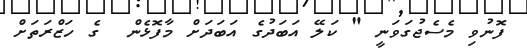
ފޮނުވި މެސެޖުގަވަނީ " ކަލޭ އަބަދުގެ އަބަދަށް މާފޮޅެން  ގެ ހަޒްރަތަށް